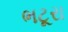
ભટૂરા